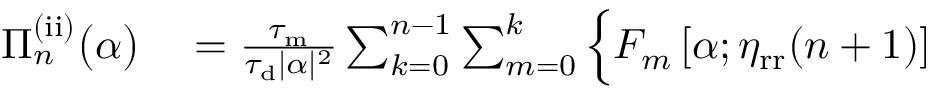
\begin{array} { r l } { \Pi _ { n } ^ { \mathrm { ( i i ) } } \big ( \alpha \big ) } & { { } = \frac { \tau _ { \mathrm { m } } } { \tau _ { \mathrm { d } } | \alpha | ^ { 2 } } \sum _ { k = 0 } ^ { n - 1 } \sum _ { m = 0 } ^ { k } \Big \{ F _ { m } \left[ \alpha ; \eta _ { \mathrm { r r } } ( n + 1 ) \right] } \end{array}